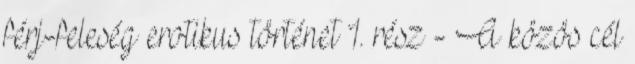
férj-feleség erotikus történet 1. rész - A közös cél